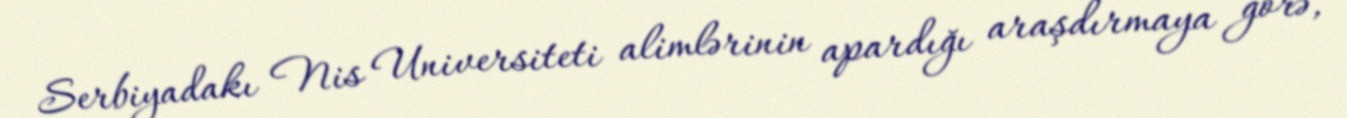
Serbiyadakı Nis Universiteti alimlərinin apardığı araşdırmaya görə,